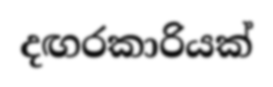
දඟරකාරියක්